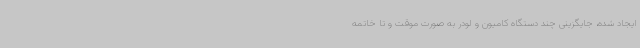
ایجاد شده، جایگزینی چند دستگاه کامیون و لودر به صورت موقت و تا خاتمه